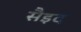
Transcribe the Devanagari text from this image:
सैइद